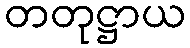
တတုဋ္ဌာယ